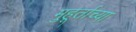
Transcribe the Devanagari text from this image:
मुहूर्ताच्या